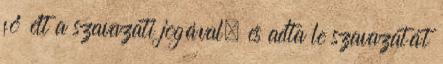
fő élt a szavazati jogával, és adta le szavazatát